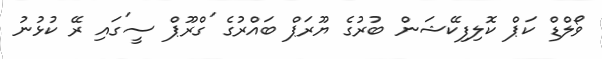
ވޯލްޑް ކަޕް ކޮލިފިކޭޝަން ބުރުގެ ޔޫރަޕް ބައްރުގެ 'ގްރޫޕް ސީ'ގައި ރޭ ކުޅުނު